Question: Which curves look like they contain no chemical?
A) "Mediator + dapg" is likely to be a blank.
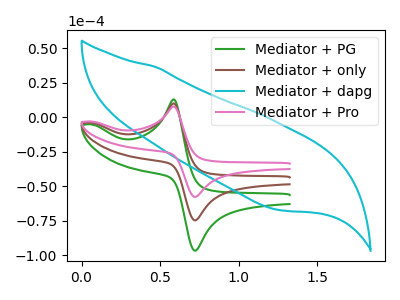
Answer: <think>The green curve "Mediator + PG" has an anodic peak at (0.60V, 12.90uA) and a cathodic peak at (0.75V, -96.70uA). The brown curve "Mediator + only" has an anodic peak at (0.60V, 10.00uA) and a cathodic peak at (0.75V, -74.70uA). The cyan curve "Mediator + dapg" has no peaks. The pink curve "Mediator + Pro" has an anodic peak at (0.60V, 19.95uA) and a cathodic peak at (0.75V, -149.40uA).</think>
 <answer>A) "Mediator + dapg" is likely to be a blank.</answer>
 <eval>A</eval>